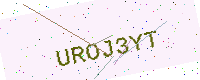
Text: UROJ3YT